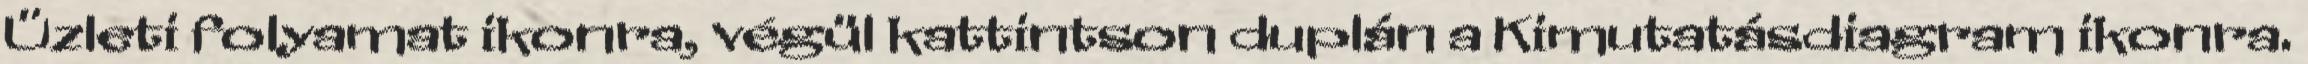
Üzleti folyamat ikonra, végül kattintson duplán a Kimutatásdiagram ikonra.